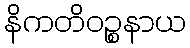
နိကတိဝဉ္စနာယ